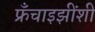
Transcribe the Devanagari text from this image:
फ्रँचाइझींशी